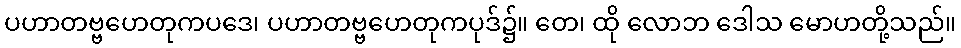
ပဟာတဗ္ဗဟေတုကပဒေ၊ ပဟာတဗ္ဗဟေတုကပုဒ်၌။ တေ၊ ထို လောဘ ဒေါသ မောဟတို့သည်။